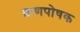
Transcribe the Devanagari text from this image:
प्राणपोषक